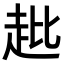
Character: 𧺲